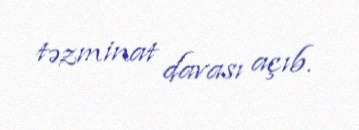
təzminat davası açıb.